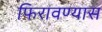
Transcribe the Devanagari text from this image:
फिरावण्यास